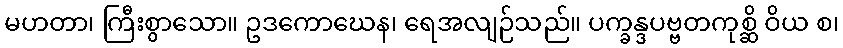
မဟတာ၊ ကြီးစွာသော။ ဥဒကောဃေန၊ ရေအလျဉ်သည်။ ပက္ခန္ဒပဗ္ဗတကုစ္ဆိ ဝိယ စ၊